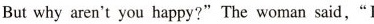
Butwhy aren't you happy?" The woman said,"I